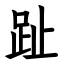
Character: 趾